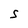
Character: S